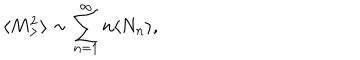
\langle M _ { > } ^ { 2 } \rangle \sim \sum _ { n = 1 } ^ { \infty } n \langle N _ { n } \rangle ,